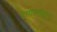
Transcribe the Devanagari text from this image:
इमारतीतून